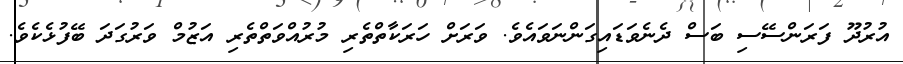
އުރުދޫ ފަރަންސޭސި ބަސް ދެނެވަޑައިގަންނަވައެވެ. ވަރަށް ހަރަކާތްތެރި މުރުއްވަތްތެރި އަޒުމް ވަރުގަދަ ބޭފުޅެކެވެ.